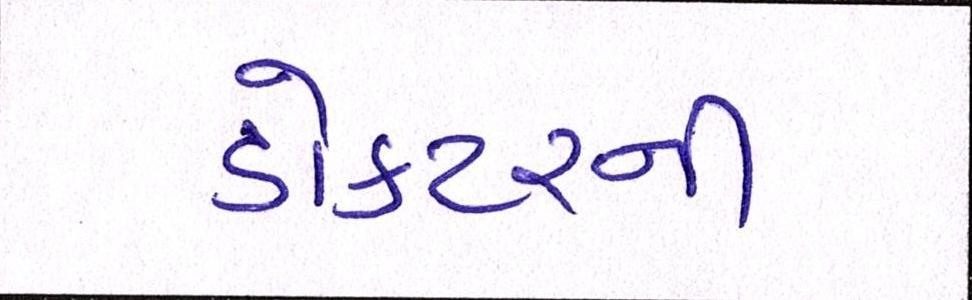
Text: ડોક્ટરની